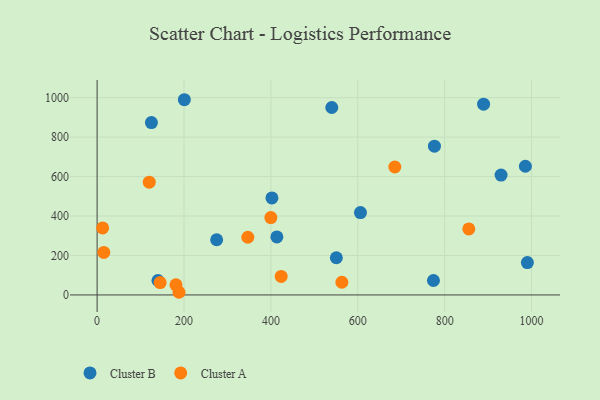
{"axis": {"x": "Engine Size", "y": "Profit"}, "legend": ["Cluster A", "Cluster B"], "data": [{"x": "125.0", "y": 874.0, "type": "Cluster B"}, {"x": "200.8", "y": 989.7, "type": "Cluster B"}, {"x": "140.1", "y": 73.1, "type": "Cluster B"}, {"x": "550.7", "y": 188.5, "type": "Cluster B"}, {"x": "275.2", "y": 279.8, "type": "Cluster B"}, {"x": "540.2", "y": 950.4, "type": "Cluster B"}, {"x": "606.2", "y": 417.5, "type": "Cluster B"}, {"x": "985.8", "y": 652.5, "type": "Cluster B"}, {"x": "774.2", "y": 73.3, "type": "Cluster B"}, {"x": "889.6", "y": 967.0, "type": "Cluster B"}, {"x": "776.5", "y": 754.0, "type": "Cluster B"}, {"x": "929.8", "y": 607.9, "type": "Cluster B"}, {"x": "413.8", "y": 294.3, "type": "Cluster B"}, {"x": "990.4", "y": 163.9, "type": "Cluster B"}, {"x": "402.4", "y": 491.9, "type": "Cluster B"}, {"x": "181.5", "y": 51.2, "type": "Cluster A"}, {"x": "399.9", "y": 392.0, "type": "Cluster A"}, {"x": "15.4", "y": 215.5, "type": "Cluster A"}, {"x": "685.3", "y": 648.7, "type": "Cluster A"}, {"x": "120.0", "y": 571.5, "type": "Cluster A"}, {"x": "423.7", "y": 94.1, "type": "Cluster A"}, {"x": "563.4", "y": 64.3, "type": "Cluster A"}, {"x": "855.6", "y": 334.9, "type": "Cluster A"}, {"x": "346.9", "y": 292.5, "type": "Cluster A"}, {"x": "188.5", "y": 13.5, "type": "Cluster A"}, {"x": "145.1", "y": 62.8, "type": "Cluster A"}, {"x": "12.7", "y": 339.5, "type": "Cluster A"}]}